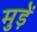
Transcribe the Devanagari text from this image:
मुड़ें